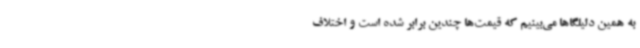
به همین دلیلگاها می‌بینیم که قیمت‌ها چندین برابر شده است و اختلاف